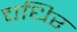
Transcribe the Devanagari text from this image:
चधिर